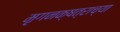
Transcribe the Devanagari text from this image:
मृगनक्षत्राच्या